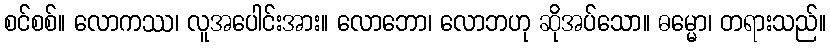
စင်စစ်။ လောကဿ၊ လူအပေါင်းအား။ လောဘော၊ လောဘဟု ဆိုအပ်သော။ ဓမ္မော၊ တရားသည်။